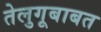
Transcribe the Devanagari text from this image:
तेलुगूबाबत